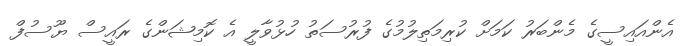
އެންއައިސީގެ މެންބަރު ކަމަށް ކުރިމަތިލުމުގެ ފުރުސަތު ހުޅުވާލީ އެ ކޮމިޝަންގެ ރައީސް ޔޫސުފް